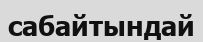
сабайтындай